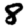
Digit: 8